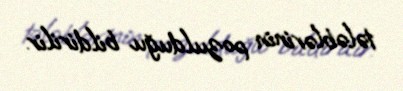
tələblərinin pozulduğu bildirilir.